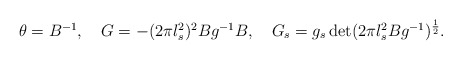
\begin{align*}\begin{array}{c} \theta = B^{-1}, \quad G = - (2 \pi l_s^2)^2 B g^{-1}B, \quad G_s = g_s \det (2\pi l_s^2 B g^{-1})^{\frac{1}{2}}. \end{array}\end{align*}